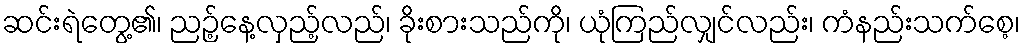
ဆင်းရဲတွေ့၏၊ ညဉ့်နေ့လှည့်လည်၊ ခိုးစားသည်ကို၊ ယုံကြည်လျှင်လည်း၊ ကံနည်းသက်စေ့၊